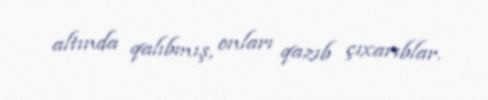
altında qalıbmış, onları qazıb çıxarıblar.